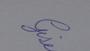
Signature authenticity: genuine